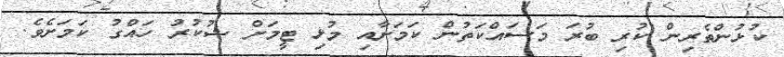
ކުޅުންތެރިން ކުރި ބުރަ މަސައްކަތުން ކަމަށާއި މުޅި ޓީމަށް ޝުކުރު ހައްގު ކަމަށެވެ.